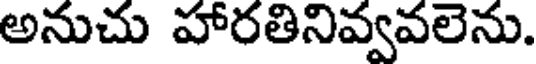
అనుచు హారతినివ్వవలెను.